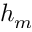
h _ { m }